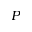
P